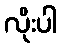
လိုးပါ